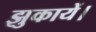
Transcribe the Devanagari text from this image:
झुकायें।